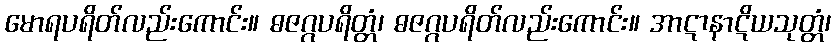
မောရပရိတ်လည်းကောင်း။ ဓဇဂ္ဂပရိတ္တံ၊ ဓဇဂ္ဂပရိတ်လည်းကောင်း။ အာဋာနာဋိယသုတ္တံ၊